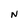
Character: N